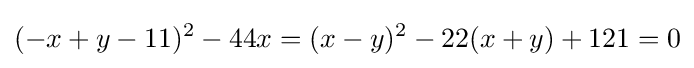
(-x+y-11)^{2}-44x=(x-y)^{2}-22(x+y)+121=0